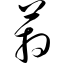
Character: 箱